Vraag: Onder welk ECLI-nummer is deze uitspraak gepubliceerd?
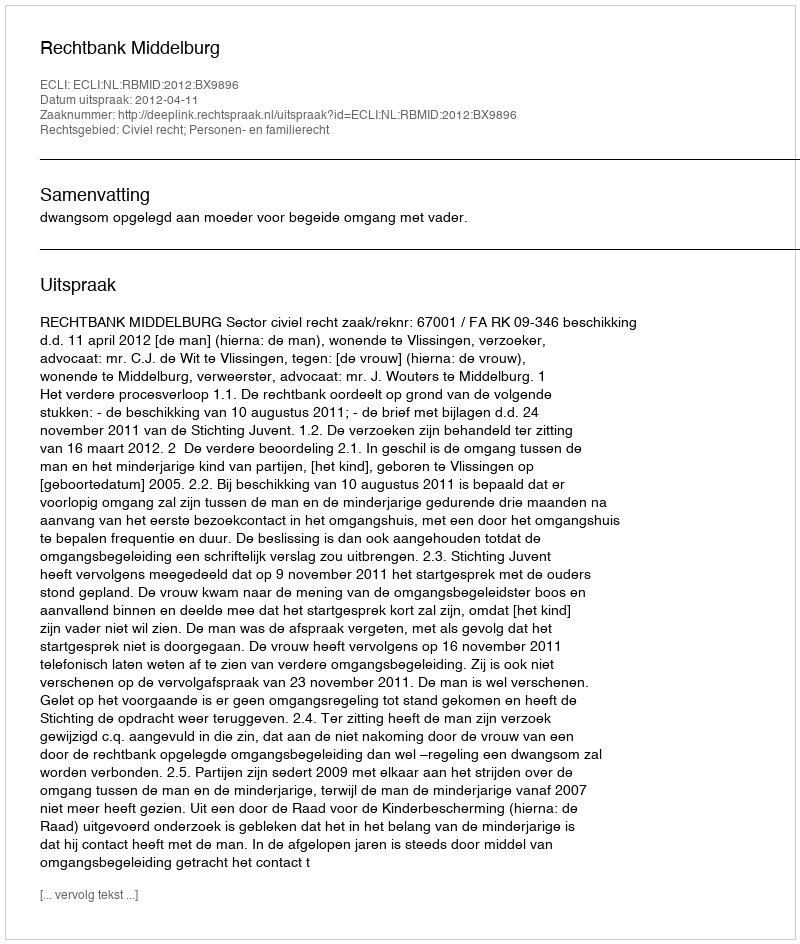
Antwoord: ECLI:NL:RBMID:2012:BX9896